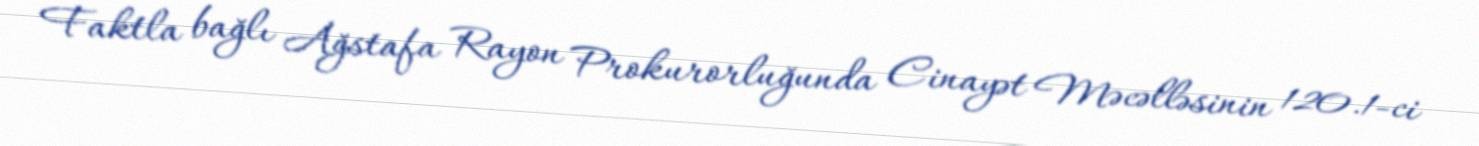
Faktla bağlı Ağstafa Rayon Prokurorluğunda Cinayət Məcəlləsinin 120.1-ci